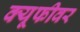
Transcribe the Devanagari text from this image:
क्यूफीवर